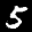
Label: 5